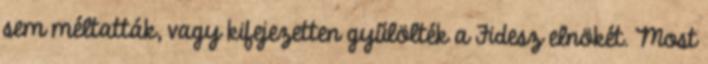
sem méltatták, vagy kifejezetten gyűlölték a Fidesz elnökét. Most